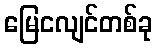
မြေငလျင်တစ်ခု